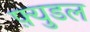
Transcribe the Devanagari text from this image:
फ़्युडल